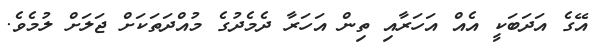
އޭގެ އަދަބަކީ އެއް އަހަރާއި ތިން އަހަރާ ދެމެދުގެ މުއްދަތަކަށް ޖަލަށް ލުމެވެ.